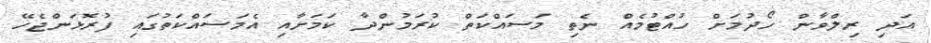
އަދި ރިލްވާން ހޯދުމަށް ހުއްޓުމެއް ނެތި މަސައްކަތް ކުރަމުންދާ ކަމަށާއި އެމަސައްކަތުގައި ފުރޮޅަންޖެހޭ